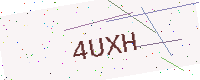
Text: 4UXH